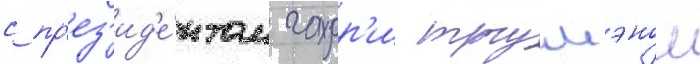
с пр'ез'ид'е́нтом гарр'и трумэном